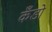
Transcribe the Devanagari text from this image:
कँडो